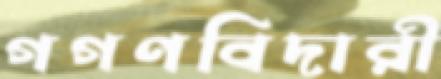
গগণবিদারী